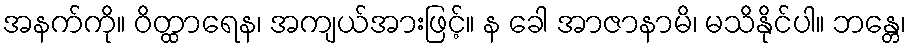
အနက်ကို။ ဝိတ္ထာရေန၊ အကျယ်အားဖြင့်။ န ခေါ အာဇာနာမိ၊ မသိနိုင်ပါ။ ဘန္တေ၊